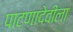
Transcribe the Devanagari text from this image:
पाटणादेवीला